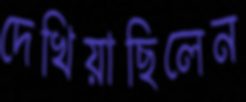
দেখিয়াছিলেন